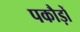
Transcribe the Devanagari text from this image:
पकौड़ों